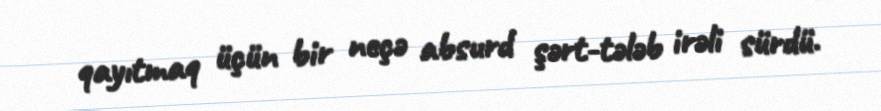
qayıtmaq üçün bir neçə absurd şərt-tələb irəli sürdü.